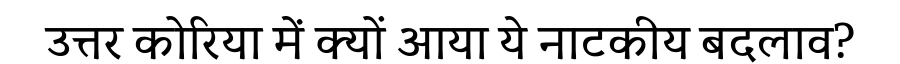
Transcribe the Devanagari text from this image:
उत्तर कोरिया में क्यों आया ये नाटकीय बदलाव?